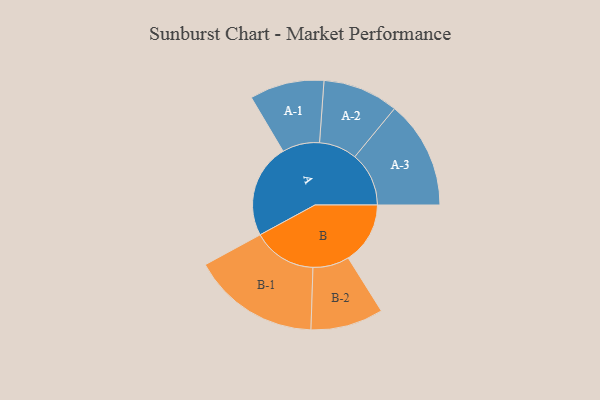
{"axis": {"x": "Segment", "y": "Value"}, "legend": ["", "A", "B"], "data": [{"x": "A", "y": 308, "type": ""}, {"x": "B", "y": 203, "type": ""}, {"x": "A-1", "y": 122, "type": "A"}, {"x": "A-2", "y": 124, "type": "A"}, {"x": "A-3", "y": 177, "type": "A"}, {"x": "B-1", "y": 209, "type": "B"}, {"x": "B-2", "y": 119, "type": "B"}]}